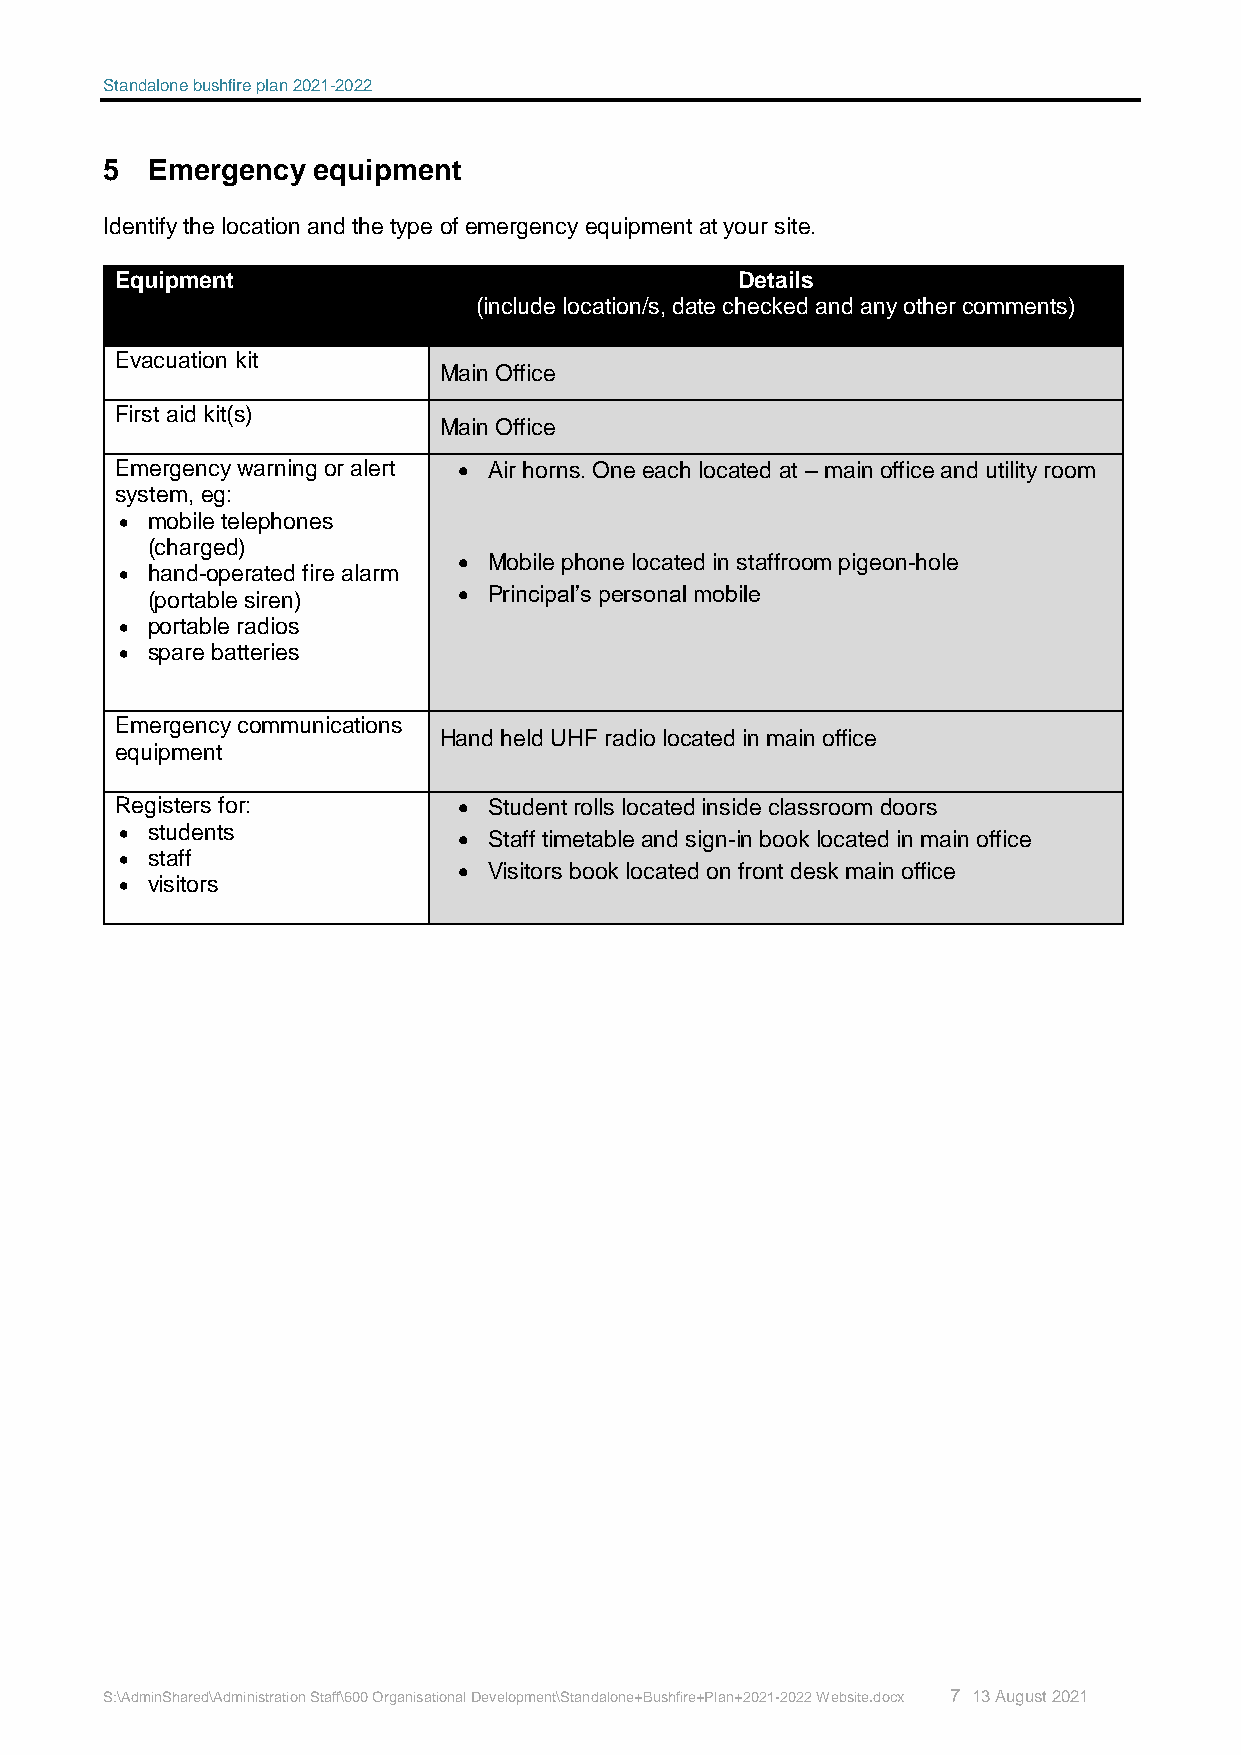
Standalone bushfire plan 2021-2022
 5  Emergency  equipment
 Identify the location and the type of emergency equipment at your site.
 Equipment                                Details
 (include location/s, date checked and any other comments)
 Evacuation kit
 Main Office
 First aid kit(s)
 Main Office
 Emergency warning or alert  Air horns. One each located at – main office and utility room
 system, eg:
  mobile telephones
 (charged)
  Mobile phone located in staffroom pigeon-hole
  hand-operated fire alarm
 (portable siren)     Principal’s personal mobile
  portable radios
  spare batteries
 Emergency communications
 Hand held UHF radio located in main office
 equipment
 Registers for:         Student rolls located inside classroom doors
  students             Staff timetable and sign-in book located in main office
  staff
  Visitors book located on front desk main office
  visitors
 S:\AdminShared\Administration Staff\600 Organisational Development\Standalone+Bushfire+Plan+2021-2022 Website.docx 7 13 August 2021